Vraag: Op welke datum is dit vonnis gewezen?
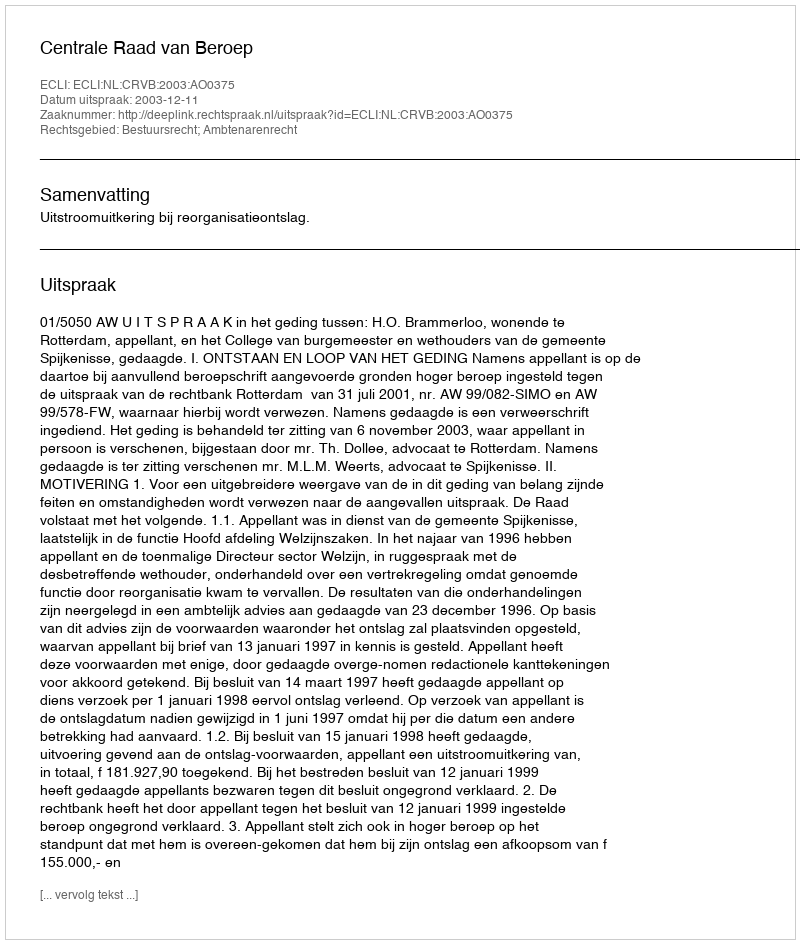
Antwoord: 2003-12-11